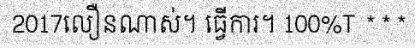
2017លឿនណាស់។ ធ្វើការ។ 100%T ***